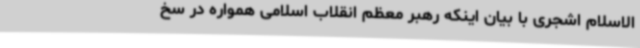
‌الاسلام اشجری با بیان اینکه رهبر معظم انقلاب اسلامی همواره در سخ